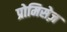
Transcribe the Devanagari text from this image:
प्रोमिसेज़